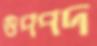
উপপদ